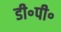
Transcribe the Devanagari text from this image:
डी॰पी॰